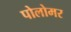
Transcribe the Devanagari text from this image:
पोलोमर